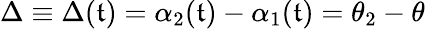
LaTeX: \Delta\equiv\Delta(\mathfrak{t})=\alpha_{2}(\mathfrak{t})-\alpha_{1}(\mathfrak{t})=\theta_{2}-\theta